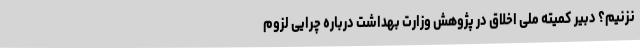
نزنیم؟ دبیر کمیته ملی اخلاق در پژوهش وزارت بهداشت درباره چرایی لزوم